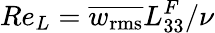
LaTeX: Re_{L}=\overline{{w_{\mathrm{rms}}}}L_{33}^{F}/\nu